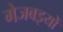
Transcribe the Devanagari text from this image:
गेजबइयों